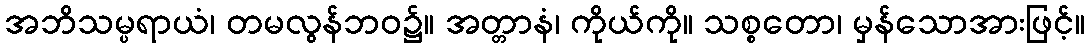
အဘိသမ္ပရာယံ၊ တမလွန်ဘဝ၌။ အတ္တာနံ၊ ကိုယ်ကို။ သစ္စတော၊ မှန်သောအားဖြင့်။